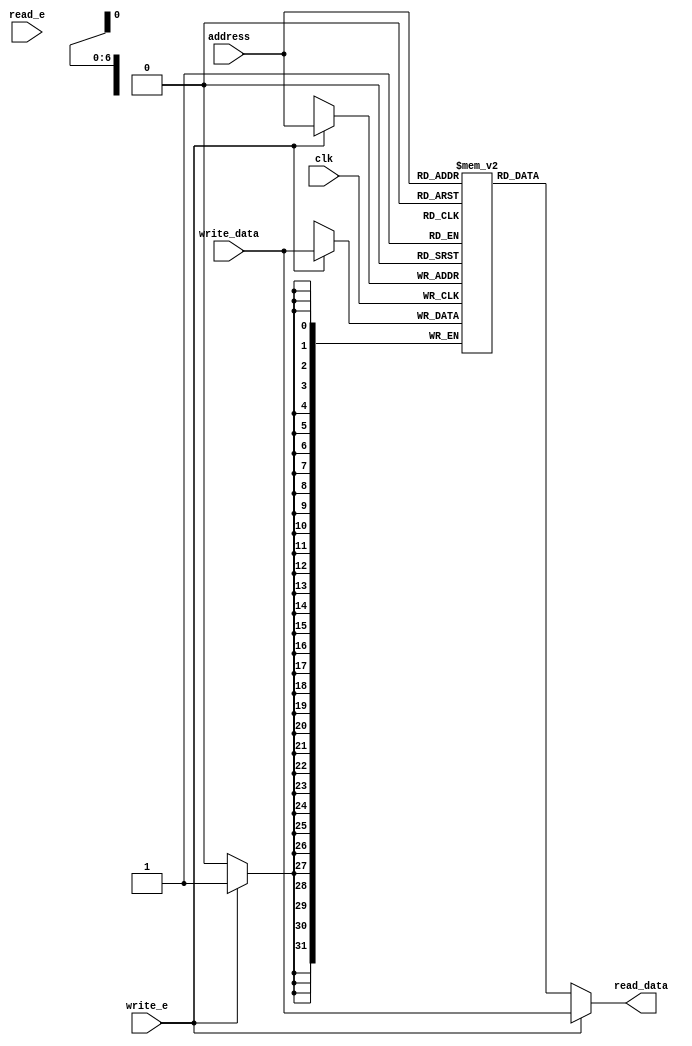
`timescale 1ns / 1ps
module data_memory(clk, read_data, write_data, address, read_e, write_e
    );
	input clk, read_e, write_e;
	input [6:0] address;
	input [31:0] write_data;
	output [31:0] read_data;
	
	reg [31:0] mem [0:127];
	
	always@(posedge clk) begin
		if(write_e) begin
			mem[address] = write_data;
		end
	end
	
	// Avoid one cycle delay from write Operation
	
	assign read_data = write_e ? write_data : mem[address][31:0];

endmodule